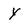
Character: y